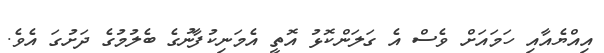
އިއްޔެއާއި ހަމައަށް ވެސް އެ ގަލަންކޮޅު އޮތީ އެމަނިކުފާނުގެ ބެލުމުގެ ދަށުގަ އެވެ.